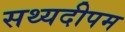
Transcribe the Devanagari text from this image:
सथ्यदीपम